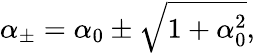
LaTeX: \alpha_{\pm}=\alpha_{0}\pm\sqrt{1+\alpha_{0}^{2}},